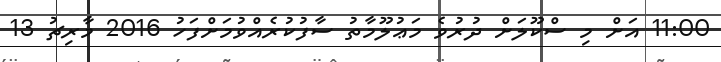
11:00 އަށް މި ސްކޫލަށް ދުރުވެ މަޢުލޫމާތު ސާފުކުރެއްވުމަށްފަހު 2016 މާރިޗު 13